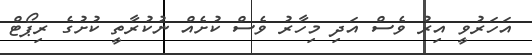
އަހަރުވީ އިރު ވެސް އަދި މިހާރު ވެސް ކުށެއް ނުކުރާތީ ކުށުގެ ރިޕޯޓް